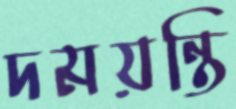
দময়ন্তি